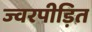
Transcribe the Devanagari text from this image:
ज्वरपीड़ित